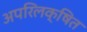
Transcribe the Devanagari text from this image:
अपरिलक्षित